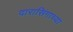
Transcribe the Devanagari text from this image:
दारासिंगाच्या